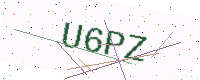
Text: U6PZ